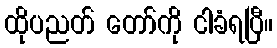
ထိုပညတ် တော်ကို ငါခံရပြီ။